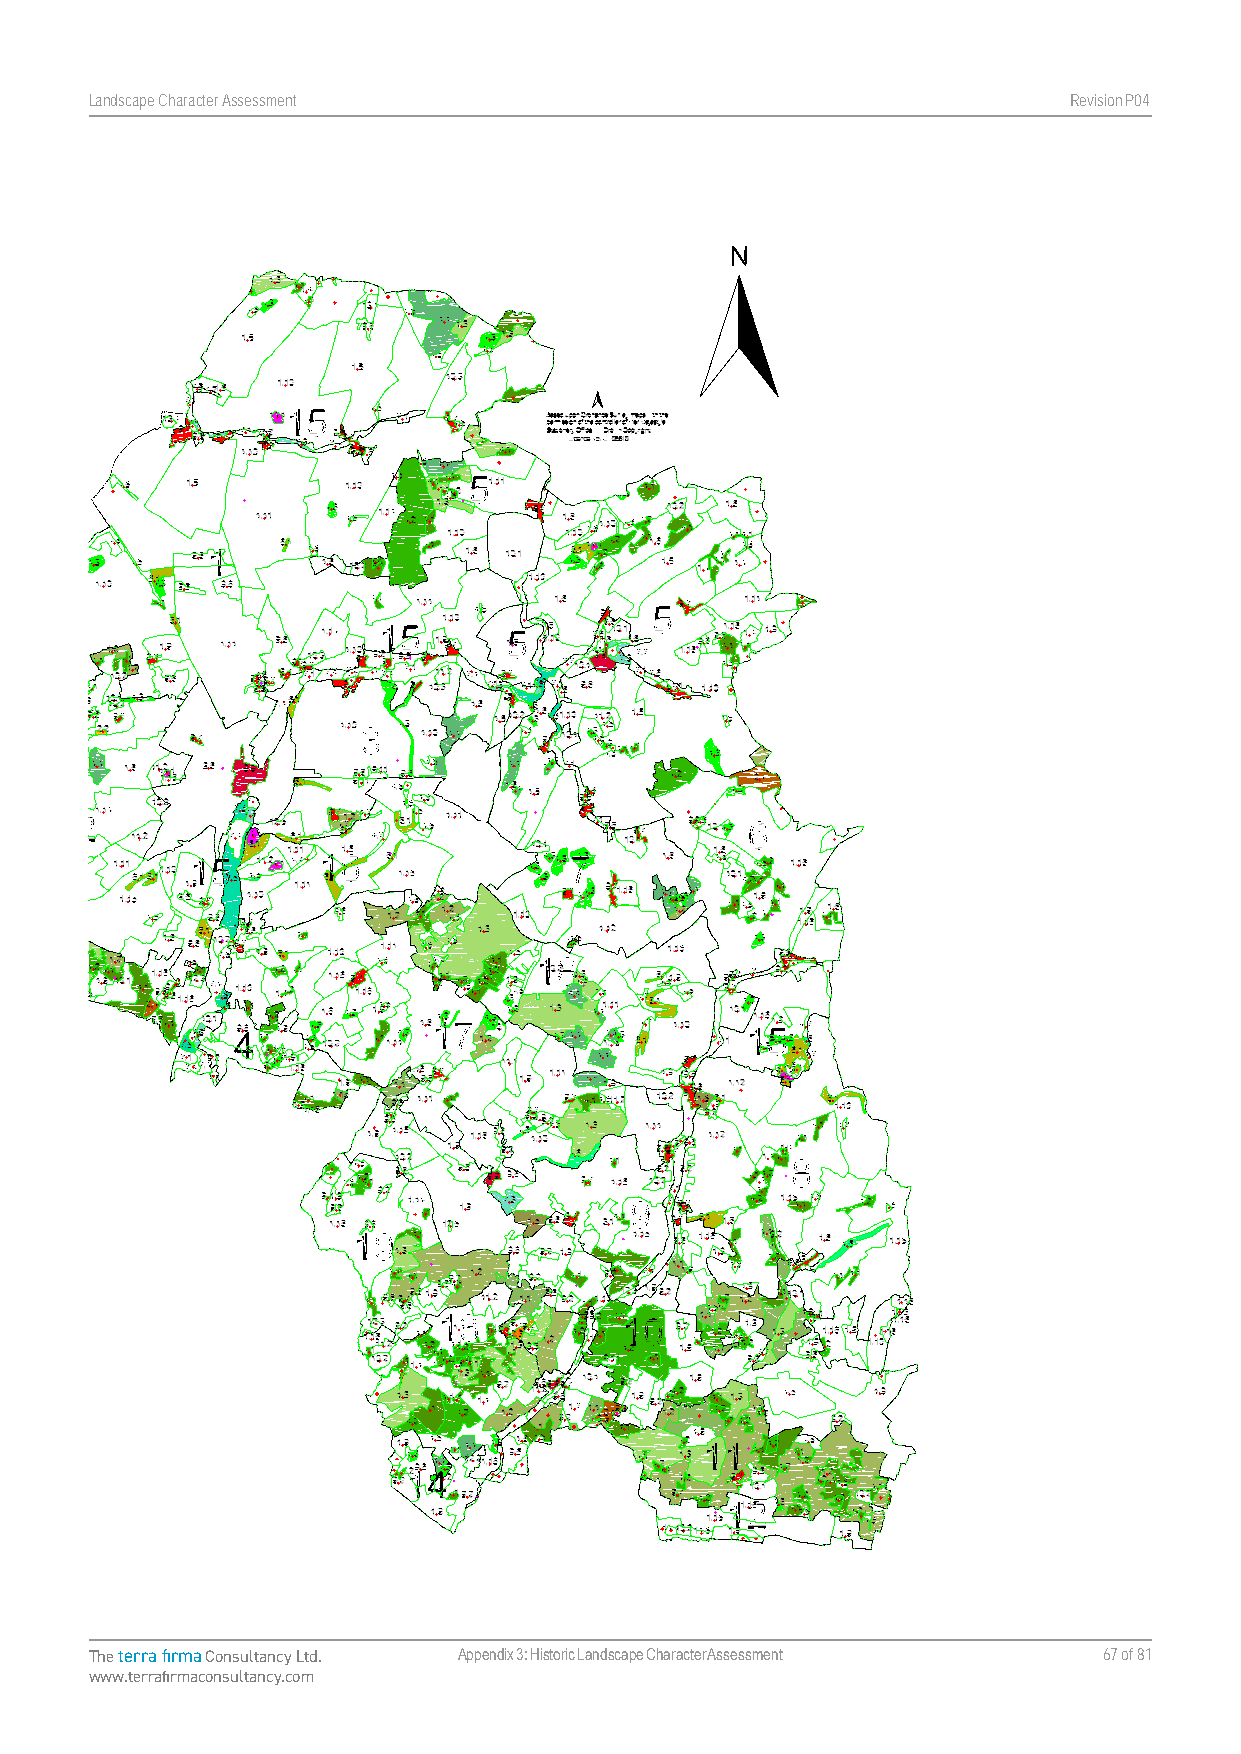
Landscape Character Assessment                                   RevisionP047
 The terra firma Consultancy Ltd. Appendix 3: Historic Landscape Character Assessment 67 of 81
 www.terrafirmaconsultancy.com